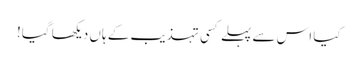
کیا اس سے پہلے کسی تہذیب کے ہاں دیکھا گیا!